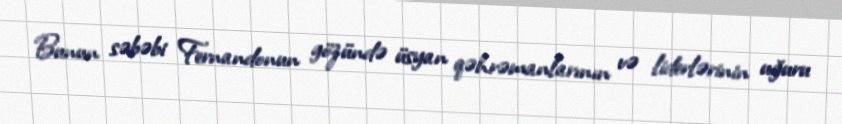
Bunun səbəbi Fernandonun gözündə üsyan qəhrəmanlarının və liderlərinin uğuru